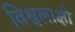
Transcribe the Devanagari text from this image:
विश्वलाक्षी